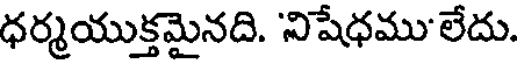
ధర్మయుక్తమైనది. 'నిషేధము'లేదు.